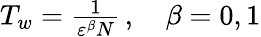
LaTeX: \begin{array}{r}{T_{w}=\frac{1}{{\varepsilon}^{\beta}N}\, ,\quad\beta=0,1}\end{array}